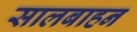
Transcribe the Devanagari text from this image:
सालबाहन